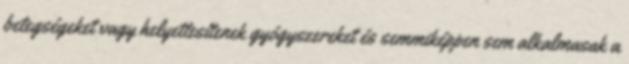
betegségeket vagy helyettesítenek gyógyszereket és semmiképpen sem alkalmasak a